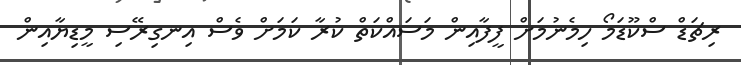
ރިޗަޑް ސްކޫޑަމޯ ހިމެނުމަށް ފީފާއިން މަސައްކަތް ކުރާ ކަމަށް ވެސް އިނގިރޭސި މީޑިޔާއިން